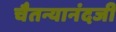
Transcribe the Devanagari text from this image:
चैतन्यानंदजी